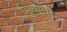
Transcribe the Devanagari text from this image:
सिक्सेस